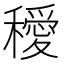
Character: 𥣁